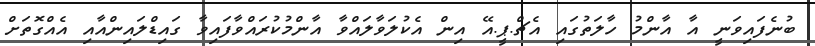
ބުނެފައިވަނީ އާ އާންމު ހާލަތުގައި އެޗް.ޕީ.އޭ އިން އެކުލަވާލައްވާ އާންމުކުރައްވާފައިވާ ގައިޑްލައިންއާއި އެއްގޮތަށް